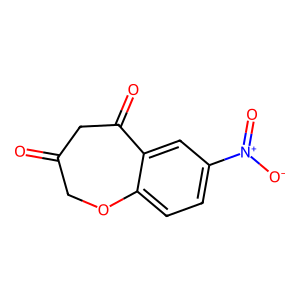
SMILES: O=C1COc2ccc([N+](=O)[O-])cc2C(=O)C1
Inhibits HIV replication: No